65_HS1-834228961_62-HQ-83894_Section_3
Agency: FBI
Page 62
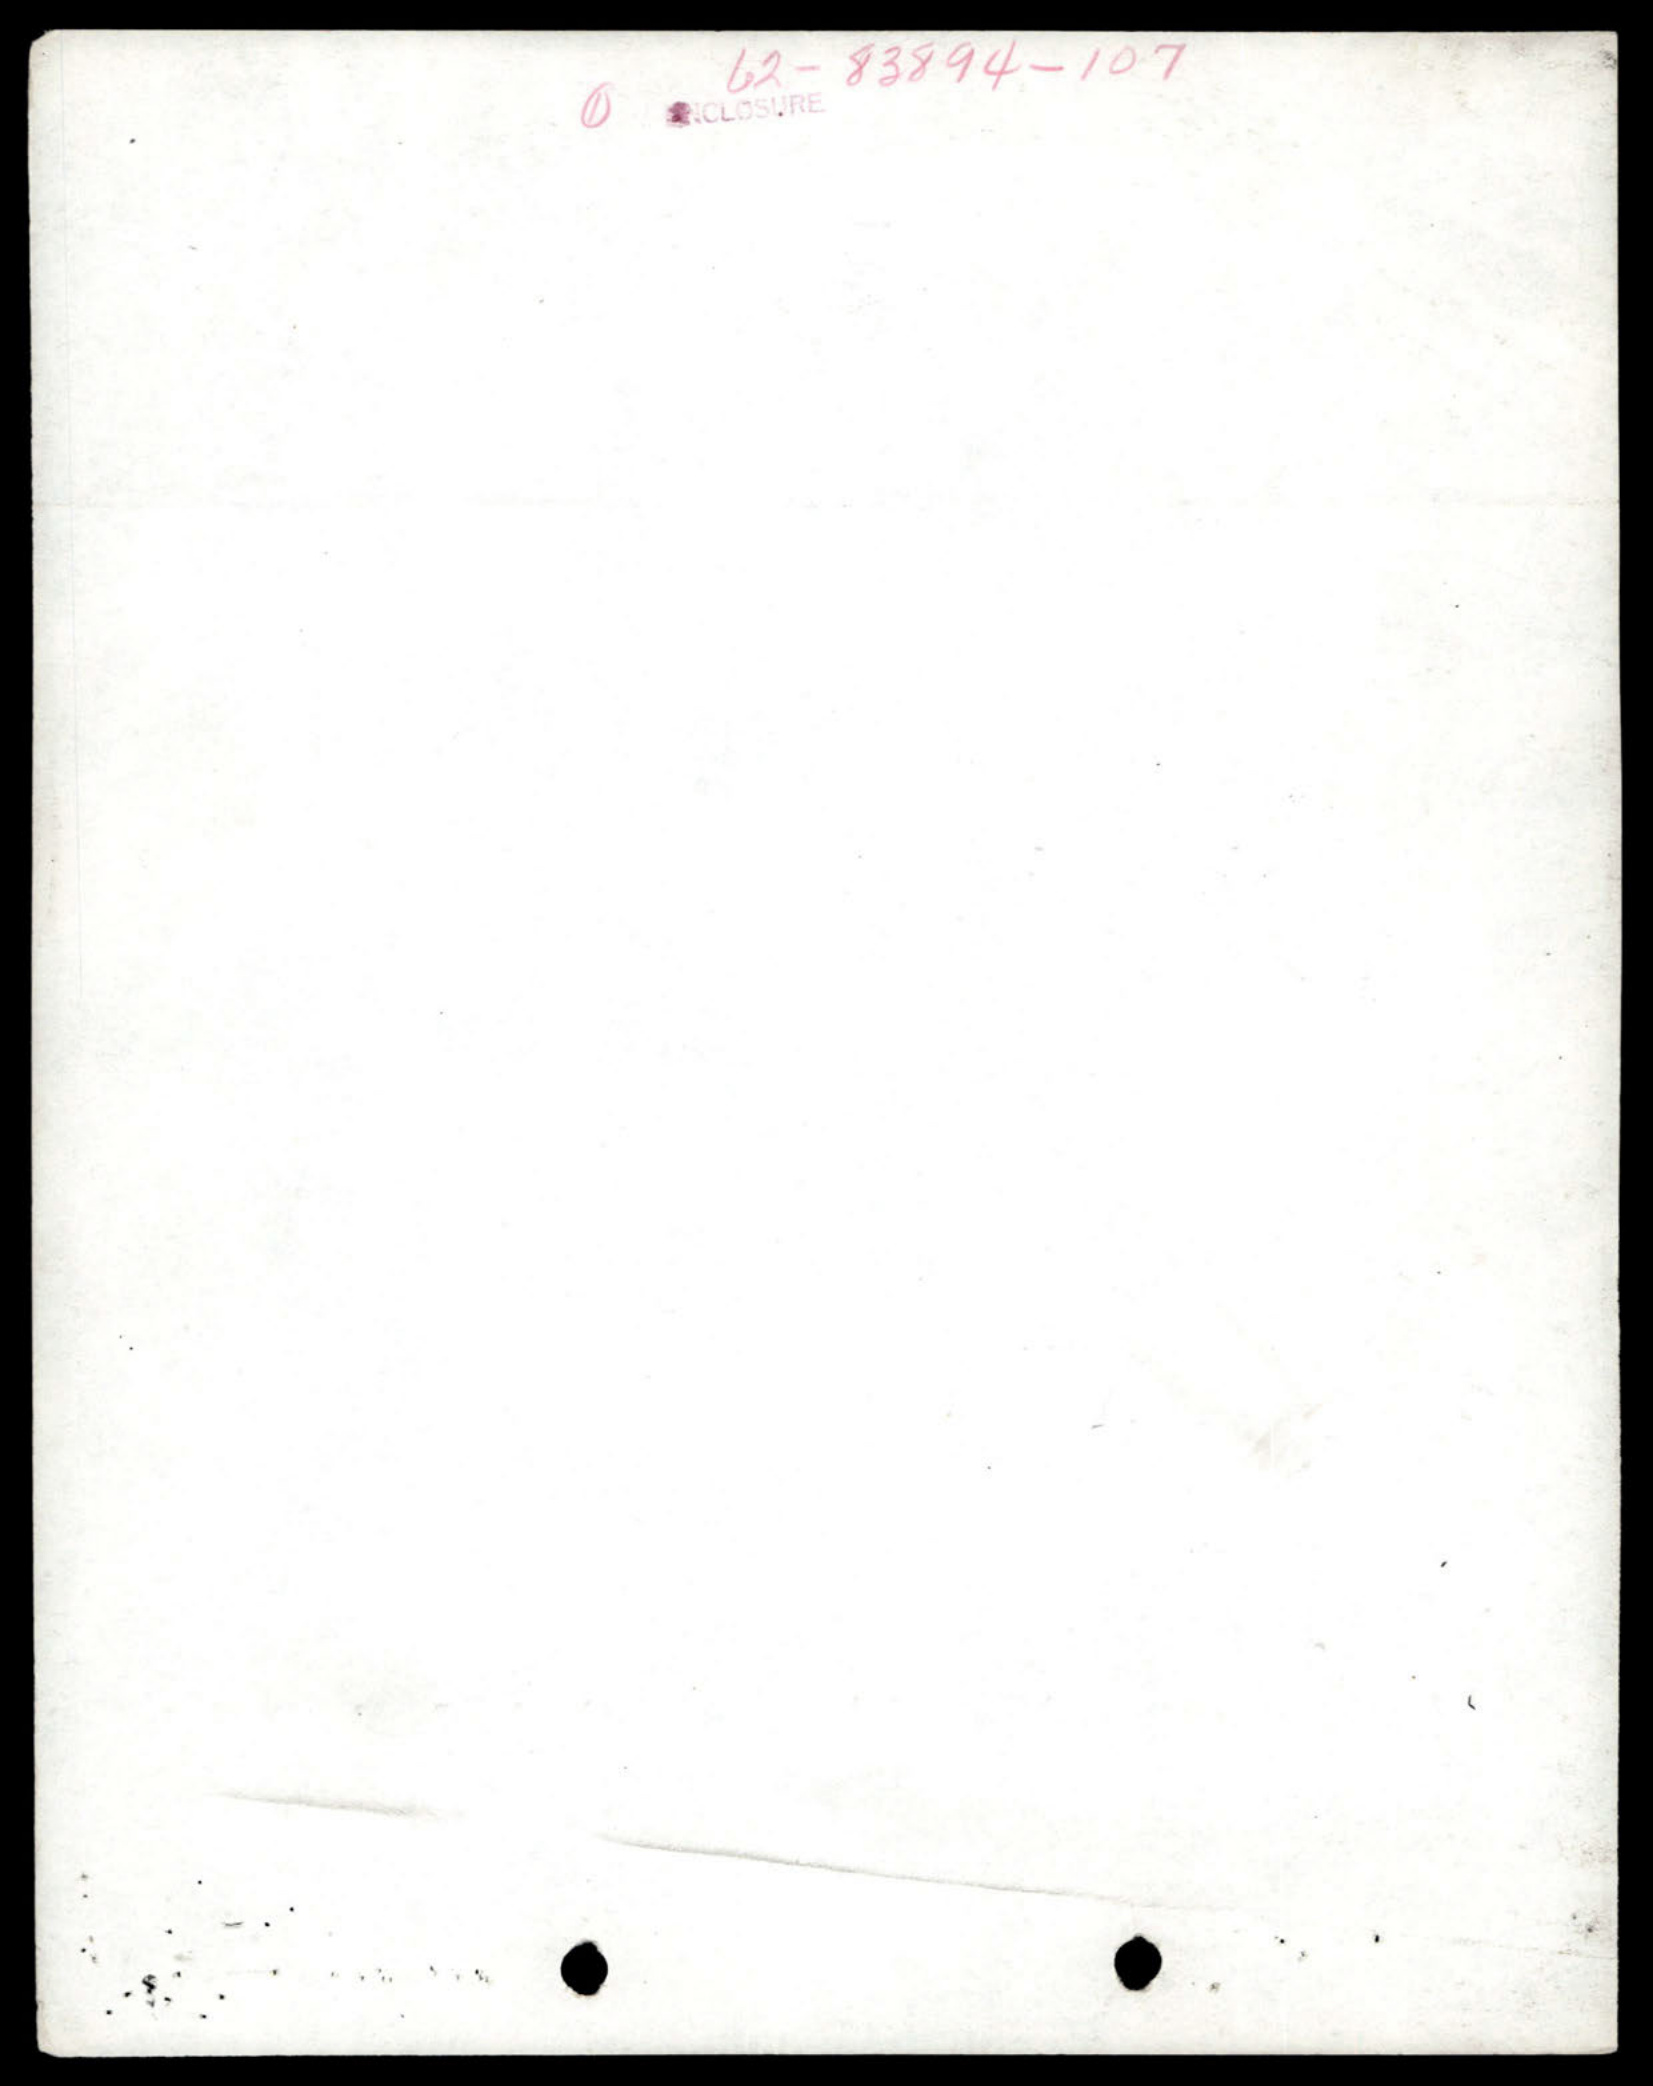